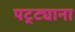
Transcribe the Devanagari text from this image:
पट्ट्याना